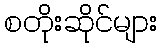
စတိုးဆိုင်များ